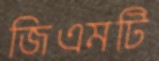
জিএমটি